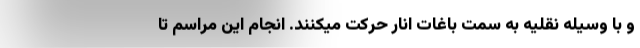
و با وسیله نقلیه به سمت باغات انار حرکت میکنند. انجام این مراسم تا